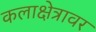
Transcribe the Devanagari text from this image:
कलाक्षेत्रावर